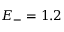
E _ { - } = 1 . 2